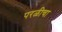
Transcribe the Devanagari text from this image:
परळीचा